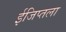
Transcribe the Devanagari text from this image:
ईजिप्तला